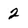
Character: 2